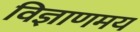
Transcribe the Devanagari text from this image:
विज्ञाणमय